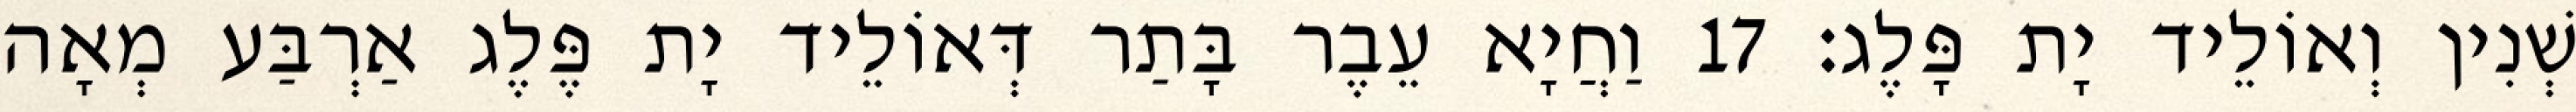
שְׁנִין וְאוֹלֵיד יָת פָּלֶג׃ 17 וַחֲיָא עֵבֶר בָּתַר דְּאוֹלֵיד יָת פֶּלֶג אַרְבַּע מְאָה